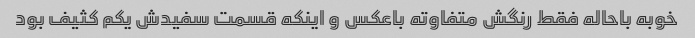
خوبه باحاله فقط رنگش متفاوته باعکس و اینکه قسمت سفیدش یکم کثیف بود